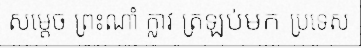
សម្តេច ព្រះណាំ ក្លាវ ត្រឡប់មក ប្រទេស